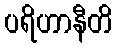
ပရိဟာနီတိ